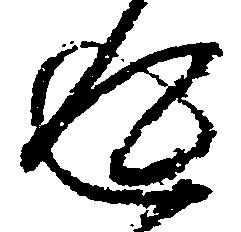
返